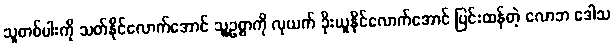
သူတစ်ပါးကို သတ်နိုင်လောက်အောင် သူ့ဥစ္စာကို လုယက် ခိုးယူနိုင်လောက်အောင် ပြင်းထန်တဲ့ လောဘ ဒေါသ